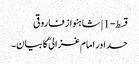
قسط-1 | شاہنواز فاروقی
حسد اور امام غزالیؒ کا بیان۔